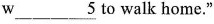
w\underline{5} to walk home."